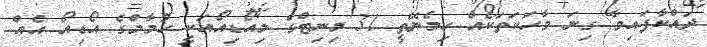
ދައްކާފައިވާ ގިނަ ވާހަކަތަކެއް ހިމެނޭތީ 31 މިނިޓްގެ މިއޯޑިއޯއަކީ ހުމާމްގެ އޯޑިއޯ އެއް